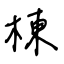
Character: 棟